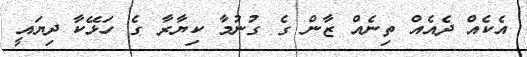
އެކެއް ދެއެއް ތިނެއް ޒާން ގެ ގުނުމާ ކިޔާރާ ގެ ހަޅޭކާ ދިޔައީ